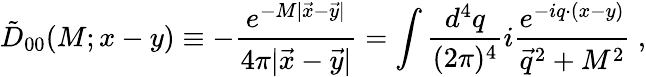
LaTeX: \tilde{D}_{00}(M;x-y)\equiv-{\frac{e^{-M|\vec{x}-\vec{y}|}}{4\pi|\vec{x}-\vec{y}|}}=\int{\frac{d^{4}q}{(2\pi)^{4}}}i{\frac{e^{-iq\cdot(x-y)}}{\vec{q}^{2}+M^{2}}}~,